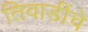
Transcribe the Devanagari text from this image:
तिवाडींचे